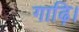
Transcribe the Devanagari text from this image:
गाढ़ि।